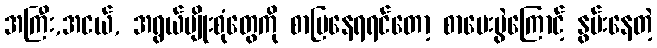
အကြီး,အငယ်, အရွယ်မျိုးစုံတွေကို စာပြနေရရင်တော့ စာမေးပွဲကြောင့် နွမ်းနေတဲ့